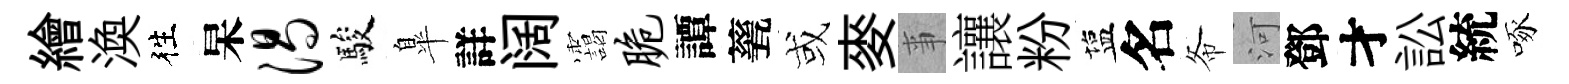
繪渙徃杲渴駿臯詳阔靄脆譚甆或麥亊讓粉塩名𢁙河鄧才訟統啄